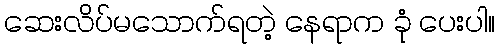
ဆေးလိပ်မသောက်ရတဲ့ နေရာက ခုံ ပေးပါ။